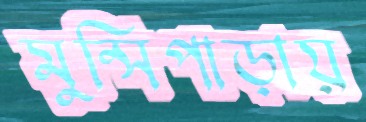
মুন্সিপাড়ায়